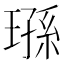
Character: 𬎄